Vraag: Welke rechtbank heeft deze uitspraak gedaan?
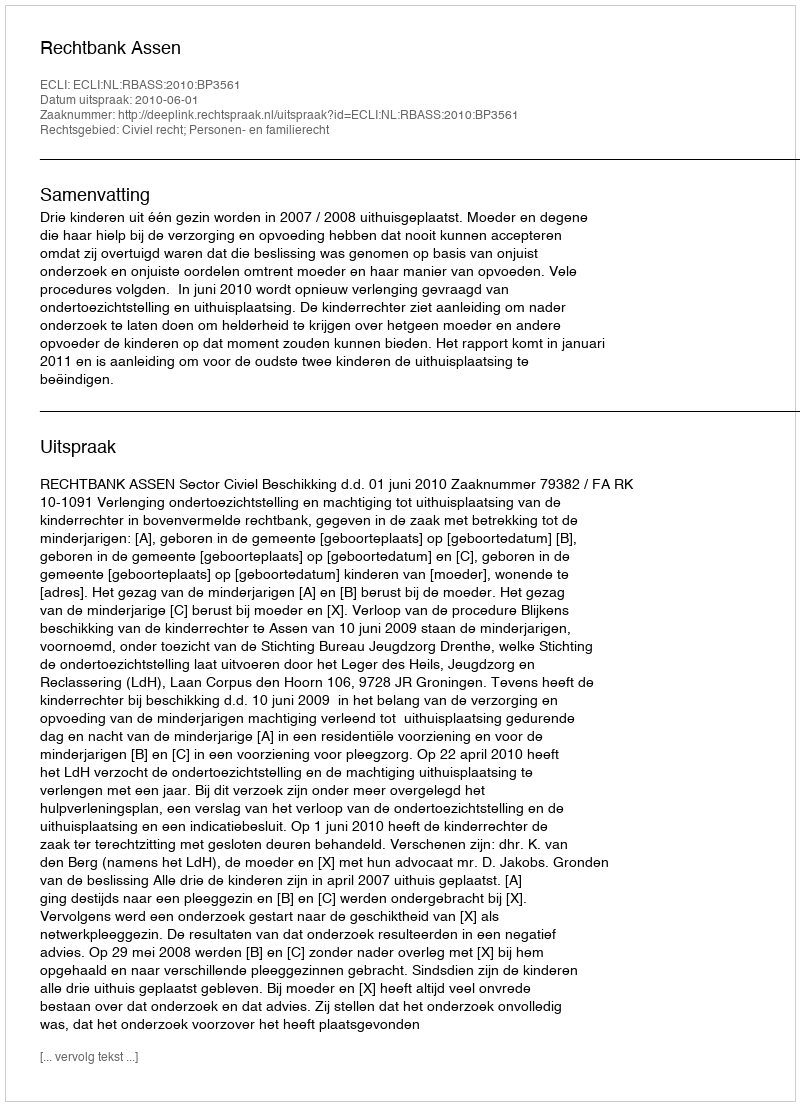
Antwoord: Rechtbank Assen